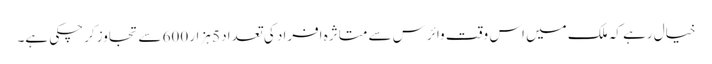
خیال رہے کہ ملک میں اس وقت وائرس سے متاثرہ افراد کی تعداد 5 ہزار 600 سے تجاوز کرچکی ہے۔